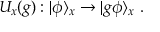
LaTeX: U _ { x } ( g ) : | \phi \rangle _ { x } \to | g \phi \rangle _ { x } ~ .